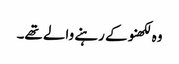
وہ لکھنو کے رہنے والے تھے۔